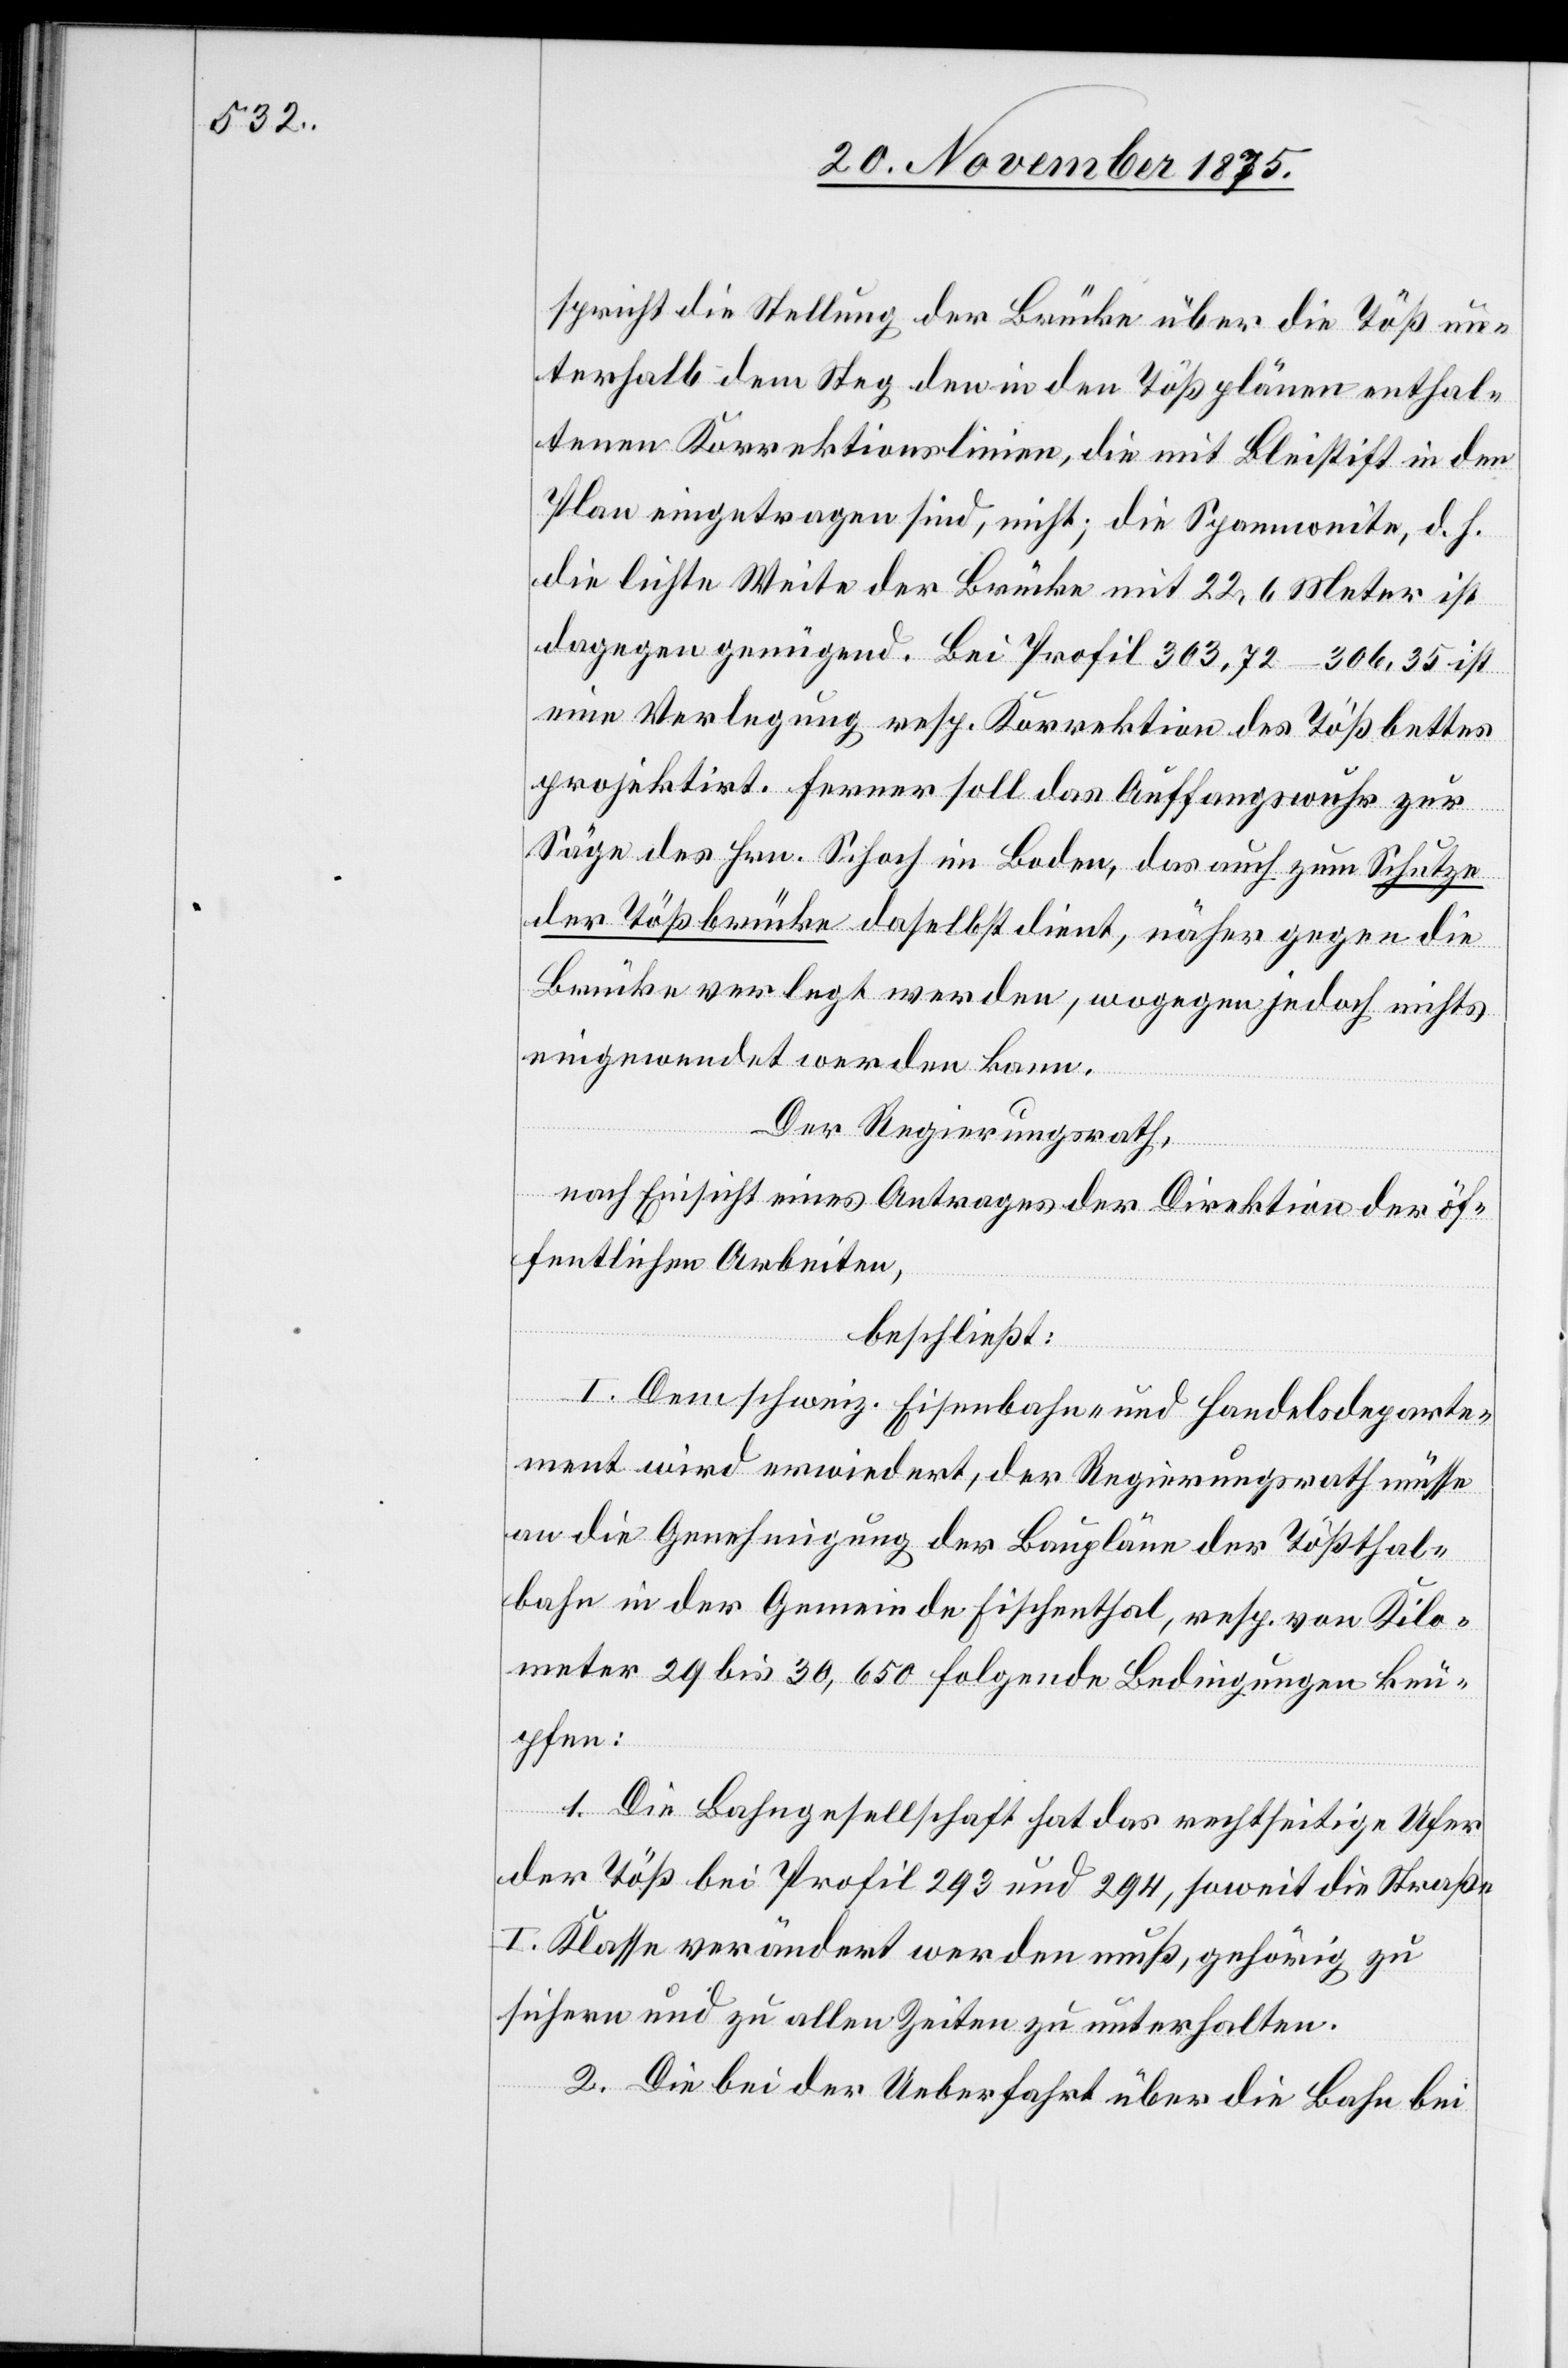
spricht die Stellung der Brücke über die Töß un¬
terhalb dem Steg den in den Tößplänen enthal¬
tenen Korrektionslinien, die mit Bleistift in den
Plan eingetragen sind, nicht; die Spannweite, d. h.
die lichte Weite der Brücke mit 22,6 Meter ist
dagegen genügend. Bei Profil 303,72–306,35 ist
eine Verlegung resp. Korrektion des Tößbettes
projektirt. Ferner soll das Auffangswuhr zur
Säge des Hrn. Schoch im Boden, das auch zum Schutze
der Tößbrücke daselbst dient, näher gegen die
Brücke verlegt werden, wogegen jedoch nichts
eingewendet werden kann.
Der Regierungsrath,
nach Einsicht eines Antrages der Direktion der öf¬
fentlichen Arbeiten,
beschließt:
I. Dem schweiz. Eisenbahn- und Handelsdeparte¬
ment wird erwiedert, der Regierungsrath müsse
an die Genehmigung der Baupläne der Tößthal¬
bahn in der Gemeinde Fischenthal, resp. von Kilo¬
meter 29 bis 30,650 folgende Bedingungen knü¬
pfen:
1. Die Bahngesellschaft hat das rechtseitige Ufer
der Töß bei Profil 293 und 294, soweit die Straße
I. Klasse verändert werden muß, gehörig zu
sichern und zu allen Zeiten zu unterhalten.
2. Die bei der Ueberfahrt über die Bahn bei